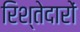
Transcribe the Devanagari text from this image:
रिश्‍तेदारों